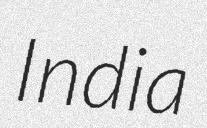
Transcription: India